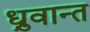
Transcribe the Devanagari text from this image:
ध्रुवान्त